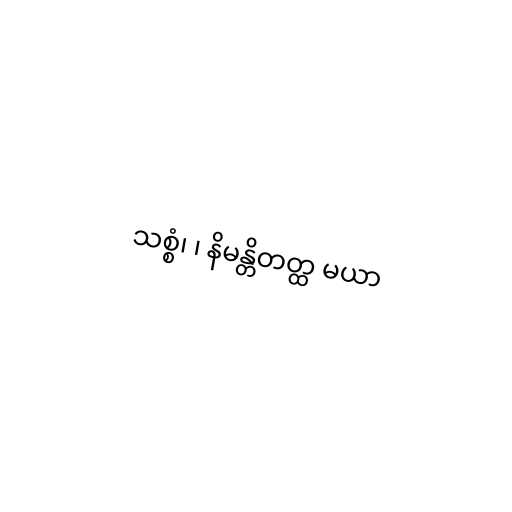
သစ္စံ၊ ၊ နိမန္တိတတ္ထ မယာ